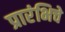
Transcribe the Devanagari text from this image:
प्रारंभिचे